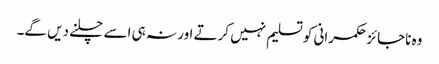
وہ ناجائز حکمرانی کو تسلیم نہیں کرتے اور نہ ہی اسے چلنے دیں گے۔